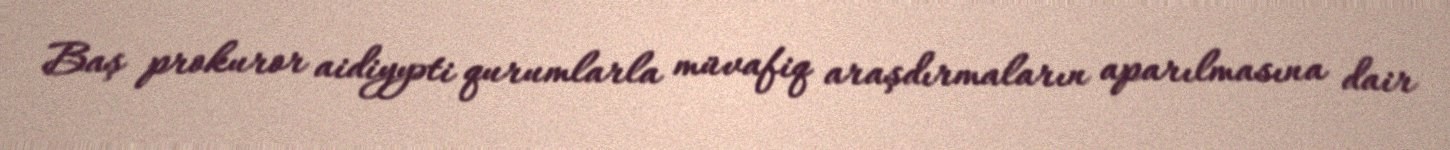
Baş prokuror aidiyyəti qurumlarla müvafiq araşdırmaların aparılmasına dair